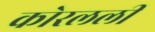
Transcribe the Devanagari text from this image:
कोरलली